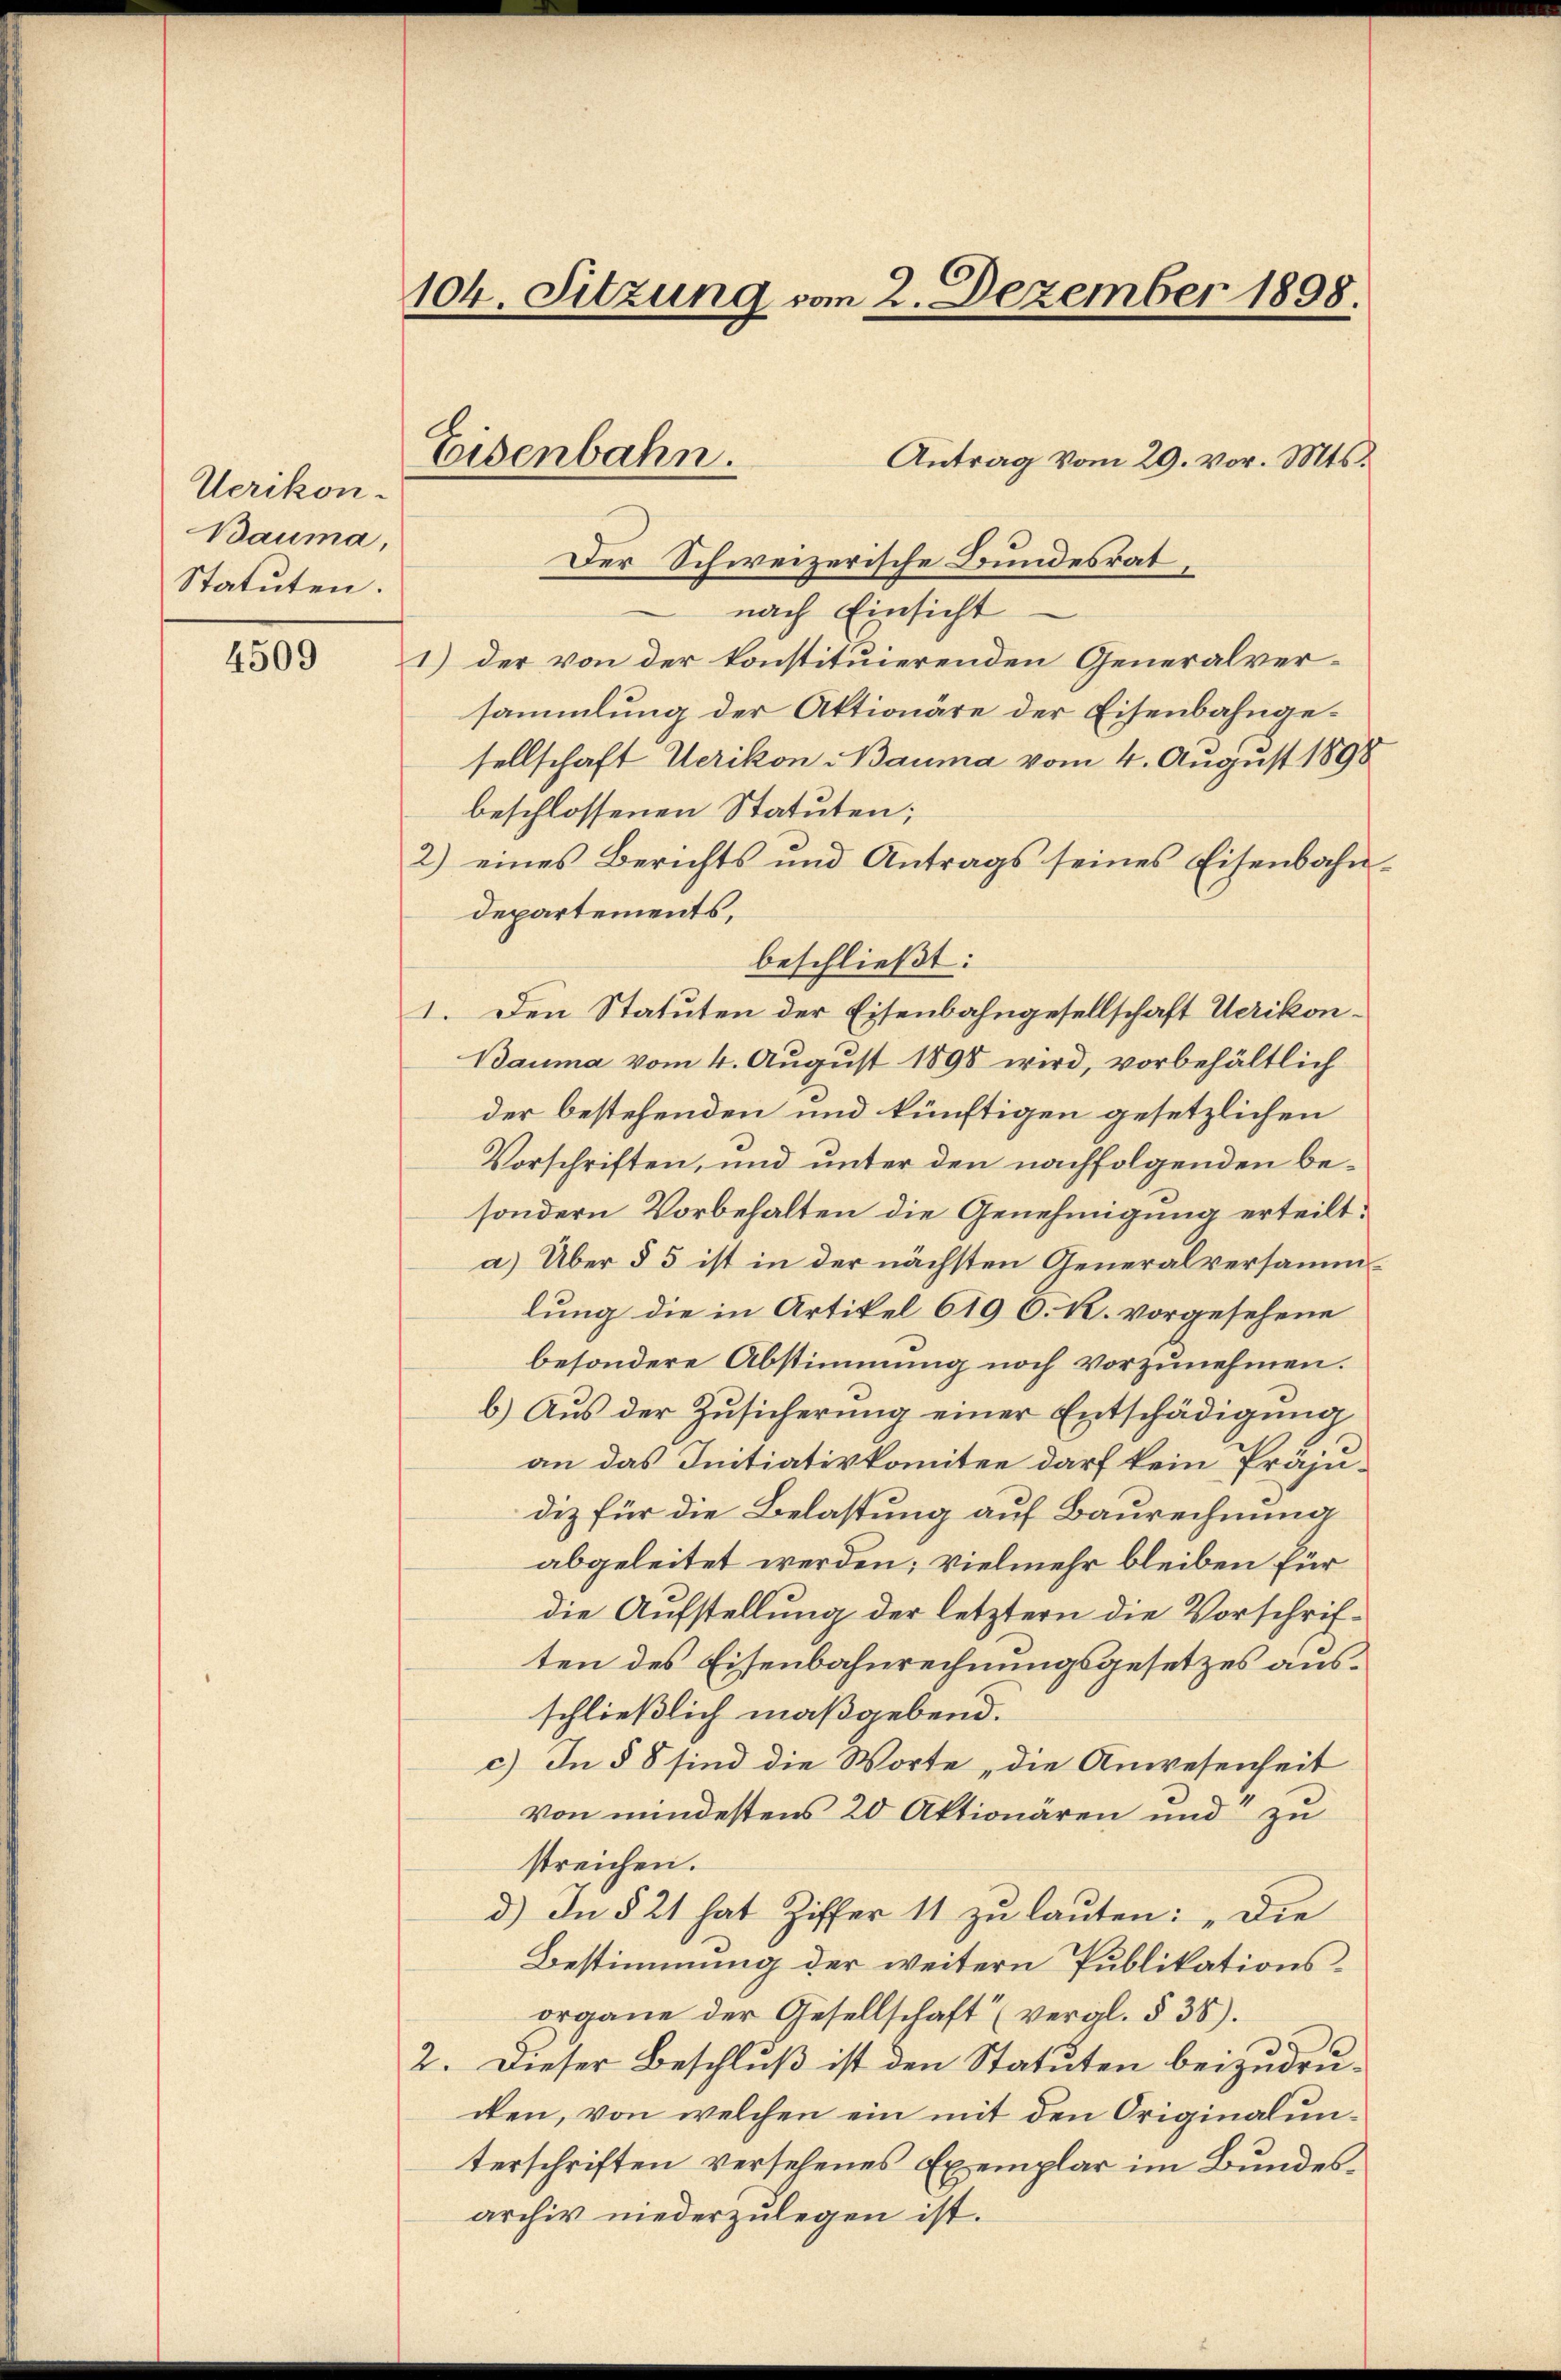
Uerikon-
Bauma,
Statuten.

4509

104. Sitzung vom 2. Dezember 1898.

Antrag vom 29. vor. Mts.
Der Schweizerische Bundesrat,
nach Einsicht
1) der von der konstituierenden Generalversammlung der Aktionäre der Eisenbahngesellschaft Uerikon Bauma vom 4. August 1898
beschlossenen Statuten;
2) eines Berichts und Antrags seines Eisenbahndepartements,
beschließt:
1. Den Statuten der Eisenbahngesellschaft Uerikon¬
Bauma vom 4. August 1898 wird, vorbehältlich
der bestehenden und künftigen gesetzlichen
Vorschriften, und unter den nachfolgenden besondern Vorbehalten die Genehmigung erteilt.
a) Über § 5 ist in der nächsten Generalversammlung die in Artikel 619 6. kl. vorgesehene
besondere Abstimmung noch vorzunehmen.
b.) Aus der Zŭsicherŭng einer Entschädigŭng
an das Initiativkomitee darf kein Präjudiz für die Belastung auf Baurechnung
abgeleitet werden; vielmehr bleiben für
die Aufstellung der letztern die Vorschriften des Eisenbahnrechnungsgesetzes ausschließlich maßgebend.
c) In § 8 sind die Worte „die Anwesenheit
von mindestens 20 Aktionären und zu
streichen.
d.) In § 21 hat Ziffer 11 zu lauten: „Die
Bestimmung der weitern Publikationsorgane der Gesellschaft (vergl. § 38).
2. Dieser Beschluß ist den Statuten beizudruden, von welchen ein mit den Originalunterschriften versehenes Exemplar im Bundesarchiv niederzulegen ist.

Eisenbahn.